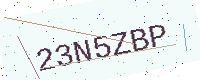
Text: 23N5ZBP